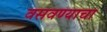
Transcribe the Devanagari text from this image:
वसवण्याचा